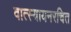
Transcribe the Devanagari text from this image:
वात्स्यायनरचित